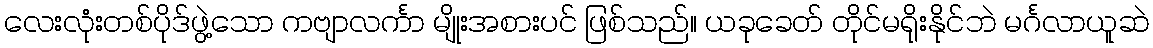
လေးလုံးတစ်ပိုဒ်ဖွဲ့သော ကဗျာလင်္ကာ မျိုးအစားပင် ဖြစ်သည်။ ယခုခေတ် တိုင်မရိုးနိုင်ဘဲ မင်္ဂလာယူဆဲ